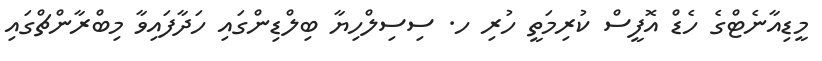
މީޑިއާނެޓްގެ ހެޑް އޮފީސް ކުރިމަތީ ހުރި ހ. ސިސިލްހިޔާ ބިލްޑިންގައި ހަދާފައިވާ މިބްރާންޗްގައި